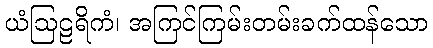
ယံဩဠရိကံ၊ အကြင်ကြမ်းတမ်းခက်ထန်သော